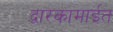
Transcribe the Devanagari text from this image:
द्वारकामाईत